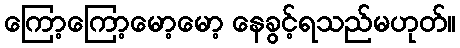
ကြော့ကြော့မော့မော့ နေခွင့်ရသည်မဟုတ်။